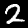
Label: 2